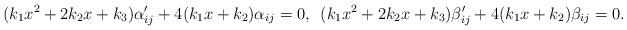
LaTeX: \begin{align*}(k_{1}x^{2}+2k_{2}x+k_{3})\alpha_{ij}^{\prime}+4(k_{1}x+k_{2})\alpha_{ij}=0,\,\,\,(k_{1}x^{2}+2k_{2}x+k_{3})\beta_{ij}^{\prime}+4(k_{1}x+k_{2})\mathbf{\beta}_{ij}=0.\end{align*}